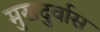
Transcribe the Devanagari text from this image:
मुखदुर्वास